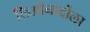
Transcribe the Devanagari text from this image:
लिओनार्दोला